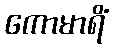
ကောမာရိံ